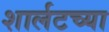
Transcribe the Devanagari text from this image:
शार्लटच्या